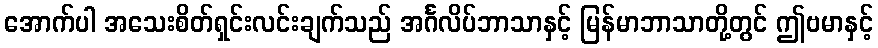
အောက်ပါ အသေးစိတ်ရှင်းလင်းချက်သည် အင်္ဂလိပ်ဘာသာနှင့် မြန်မာဘာသာတို့တွင် ဤဗမာနှင့်